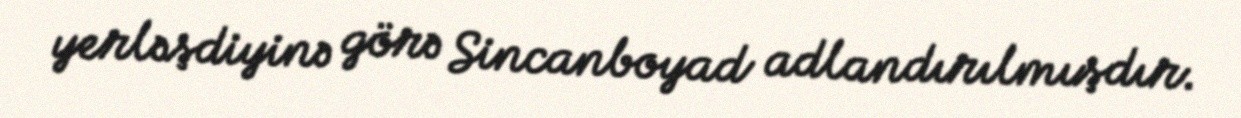
yerləşdiyinə görə Sincanboyad adlandırılmışdır.